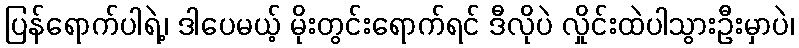
ပြန်ရောက်ပါရဲ့၊ ဒါပေမယ့် မိုးတွင်းရောက်ရင် ဒီလိုပဲ လှိုင်းထဲပါသွားဦးမှာပဲ၊